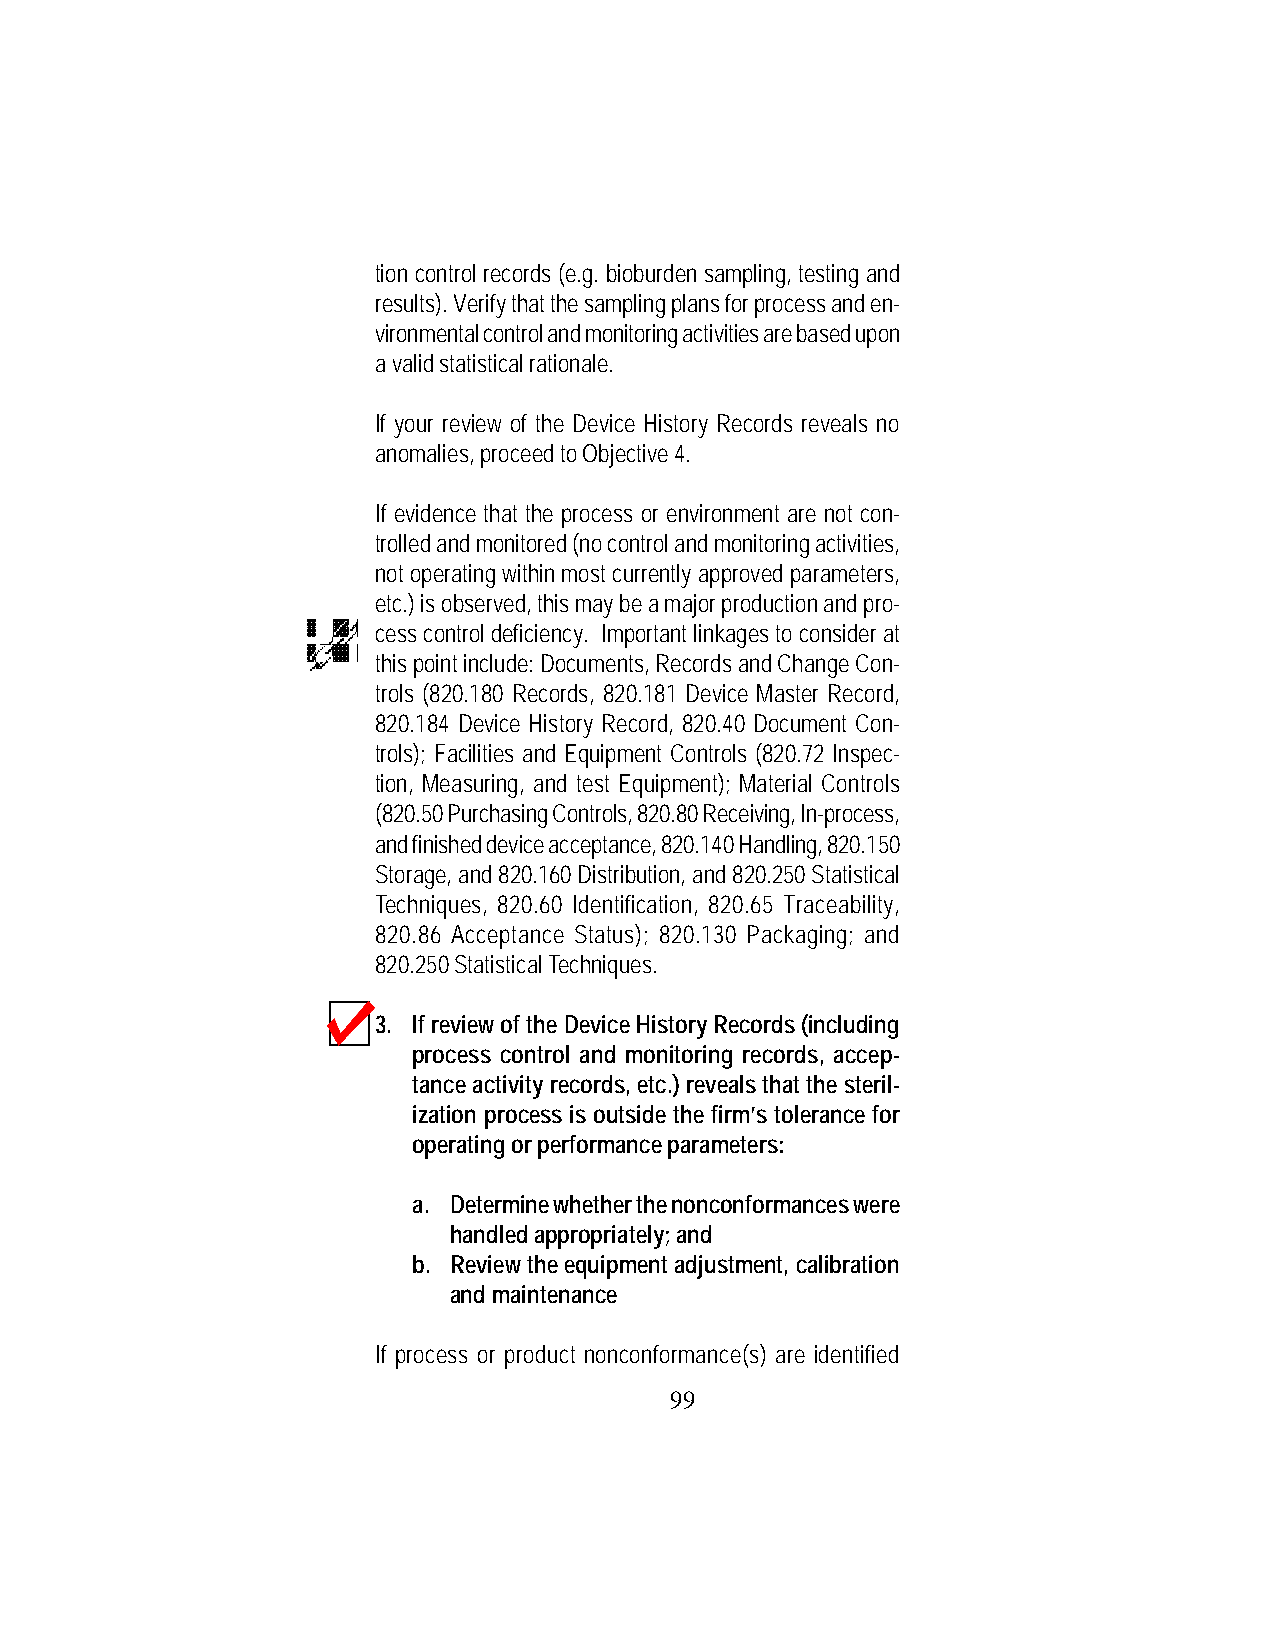
tion control records (e.g. bioburden sampling, testing and
 results). Verify that the sampling plans for process and en-
 vironmental control and monitoring activities are based upon
 a valid statistical rationale.
 If your review of the Device History Records reveals no
 anomalies, proceed to Objective 4.
 If evidence that the process or environment are not con-
 trolled and monitored (no control and monitoring activities,
 not operating within most currently approved parameters,
 etc.) is observed, this may be a major production and pro-
 cess control deficiency. Important linkages to consider at
 this point include: Documents, Records and Change Con-
 trols (820.180 Records, 820.181 Device Master Record,
 820.184 Device History Record, 820.40 Document Con-
 trols); Facilities and Equipment Controls (820.72 Inspec-
 tion, Measuring, and test Equipment); Material Controls
 (820.50 Purchasing Controls, 820.80 Receiving, In-process,
 and finished device acceptance, 820.140 Handling, 820.150
 Storage, and 820.160 Distribution, and 820.250 Statistical
 Techniques, 820.60 Identification, 820.65 Traceability,
 820.86 Acceptance Status); 820.130 Packaging; and
 820.250 Statistical Techniques.
 3. If review of the Device History Records (including
 process control and monitoring records, accep-
 tance activity records, etc.) reveals that the steril-
 ization process is outside the firm’s tolerance for
 operating or performance parameters:
 a. Determine whether the nonconformances were
 handled appropriately; and
 b. Review the equipment adjustment, calibration
 and maintenance
 If process or product nonconformance(s) are identified
 99